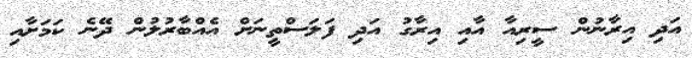
އަދި އިރާނުން ސީރިއާ އާއި އިރާގު އަދި ފަލަސްތީނަށް އެއްބާރުލުން ދޭނެ ކަމަށާއި